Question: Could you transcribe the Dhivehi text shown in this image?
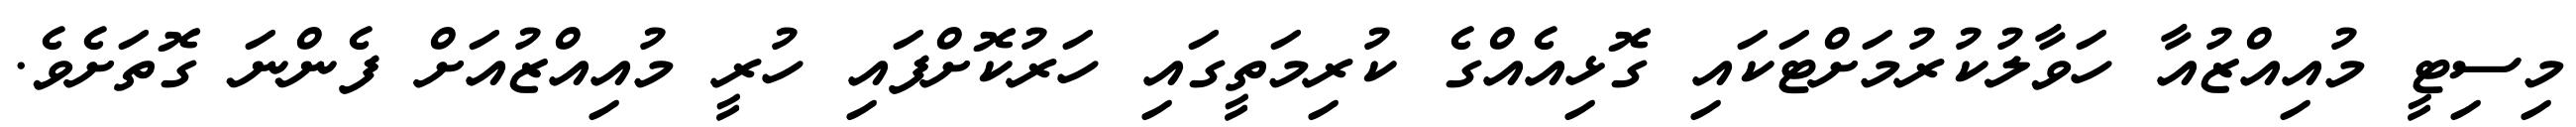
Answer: މިސިޓީ މުއިއްޒުއާ ހަވާލުކުރުމަށްޓަކައި ގޮޅިއެއްގެ ކުރިމަތީގައި ހަރުކޮށްފައި ހުރީ މުއިއްޒުއަށް ފެންނަ ގޮތަށެވެ.